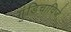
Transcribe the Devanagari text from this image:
गुंडिचाविजे